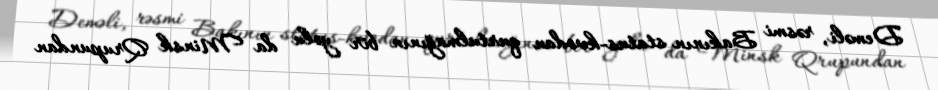
Deməli, rəsmi Bakının status-kvodan qurtulmağının bir yolu da Minsk Qrupundan